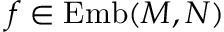
f \in \operatorname { E m b } ( M , N )